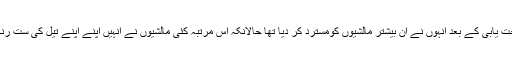
زیتونی علاج سے صحت یابی کے بعد انہوں نے ان بیشتر مالشیوں کومسترد کر دیا تھا حالانکہ اس مرتبہ کئی مالشیوں نے انہیں اپنے اپنے تیل کی ست رنگی دھار بھی دکھائی ۔